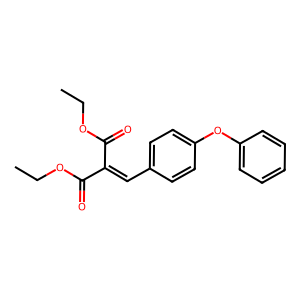
SMILES: CCOC(=O)C(=Cc1ccc(Oc2ccccc2)cc1)C(=O)OCC
Inhibits HIV replication: No